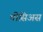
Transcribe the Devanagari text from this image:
थीसिअस